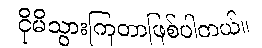
ငိုမိသွားကြတာဖြစ်ပါတယ်။